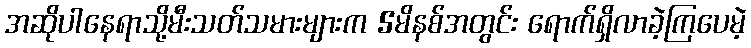
အဆိုပါနေရာသို့မီးသတ်သမားများက 5မိနစ်အတွင်း ရောက်ရှိလာခဲ့ကြပေမဲ့